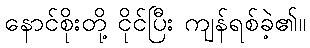
နောင်စိုးတို့ ငိုင်ပြီး ကျန်ရစ်ခဲ့၏။